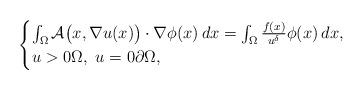
LaTeX: \begin{align*}\begin{gathered}\begin{cases}\int_{\Omega} \mathcal{A}\big(x,\nabla u(x)\big)\cdot\nabla\phi(x)\,dx = \int_{\Omega}\frac{f(x)}{u^\delta}\phi(x)\,dx,\\u > 0\Omega,\,\,u = 0 \partial\Omega,\end{cases}\end{gathered}\end{align*}